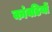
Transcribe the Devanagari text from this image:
कांवडियों